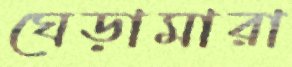
ঘেড়ামারা